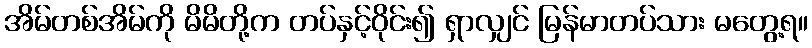
အိမ်တစ်အိမ်ကို မိမိတို့က တပ်နှင့်ဝိုင်း၍ ရှာလျှင် မြန်မာတပ်သား မတွေ့ရ။